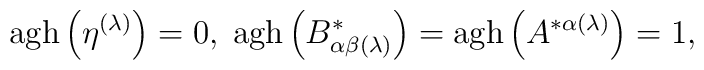
\mathrm{agh}\left( \eta ^{(\lambda )}\right) =0,\;\mathrm{agh}\left(B_{\alpha \beta (\lambda )}^{*}\right) =\mathrm{agh}\left( A^{*\alpha(\lambda )}\right) =1,